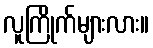
လူကြိုက်များလား။